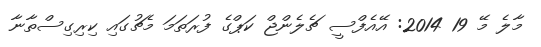
މާލެ މޭ 19 2014: އޭއެފްސީ ޗެލެންޖް ކަޕްގެ ފުރަތަމަ މެޗުގައި ކިރިގިސްތާނާ